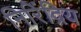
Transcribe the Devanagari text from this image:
निरिंद्रिय